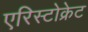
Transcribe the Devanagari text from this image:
एरिस्टोक्रेट